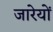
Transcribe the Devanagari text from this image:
जारेयों